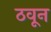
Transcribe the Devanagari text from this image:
ठवून